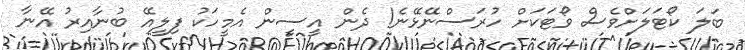
ބަލަ ކޯޓަލަށްވެސް ވޯޓަކަށް ހުރަސްނޭޅޭނެ! ދެން އީސީން އެމީހަކު ފިލީއޭ ބުނާއިރު އޭނާ